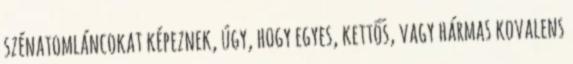
szénatomláncokat képeznek, úgy, hogy egyes, kettős, vagy hármas kovalens